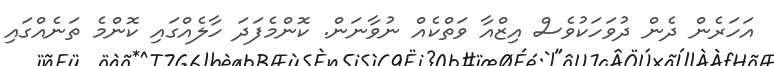
އަހަރެން ދެން ދުވަހަކުވެސް އިޒްއާ ވަތްކެއް ނުވާނަން. ކޮންމެފަދަ ހާލެއްގައި ކޮންމެ ތަނެއްގައި